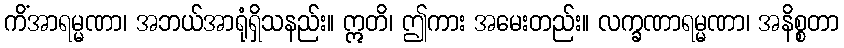
ကိံအာရမ္မဏာ၊ အဘယ်အာရုံရှိသနည်း။ ဣတိ၊ ဤကား အမေးတည်း။ လက္ခဏာရမ္မဏာ၊ အနိစ္စတာ